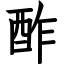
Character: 酢